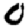
Digit: 0